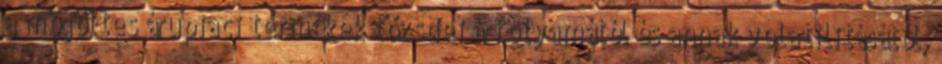
a mögöttes árupiaci termékek tőzsdei árfolyamától és annak volatilitásától,